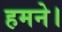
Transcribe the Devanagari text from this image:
हमने।